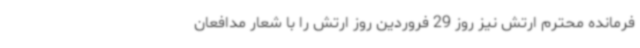
فرمانده محترم ارتش نیز روز 29 فروردین روز ارتش را با شعار مدافعان